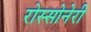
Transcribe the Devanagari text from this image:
रोस्सोनेरी